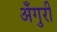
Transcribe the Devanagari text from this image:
अँगुरी